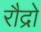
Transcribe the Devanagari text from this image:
रौद्रो